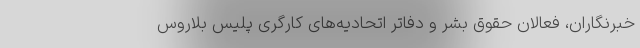
خبرنگاران، فعالان حقوق بشر و دفاتر اتحادیه‌های کارگری پلیس بلاروس